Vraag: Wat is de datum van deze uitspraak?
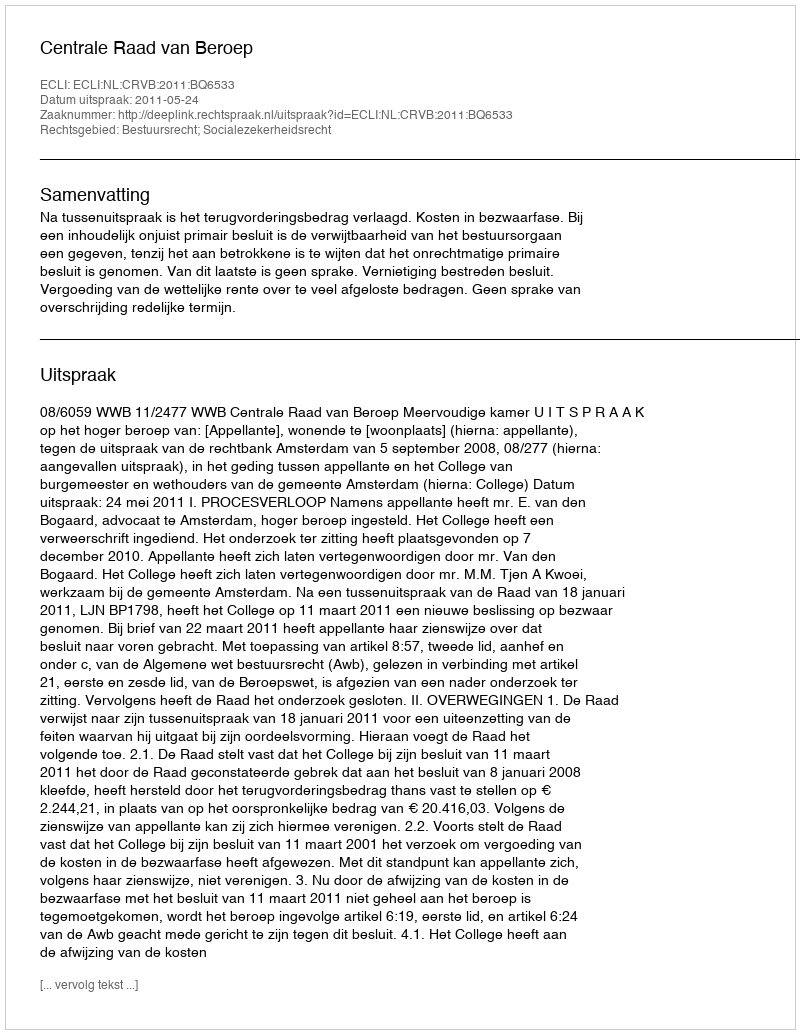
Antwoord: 2011-05-24